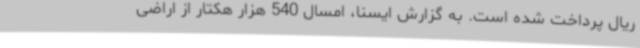
ریال پرداخت شده است. به گزارش ایسنا، امسال 540 هزار هکتار از اراضی